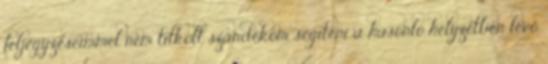
feljegyzéseimmel nem titkolt szándékom segíteni a hasonló helyzetben lévő